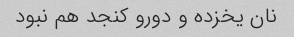
نان یخزده و دورو کنجد هم نبود